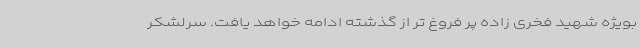
بویژه شهید فخری زاده پر فروغ تر از گذشته ادامه خواهد یافت. سرلشکر